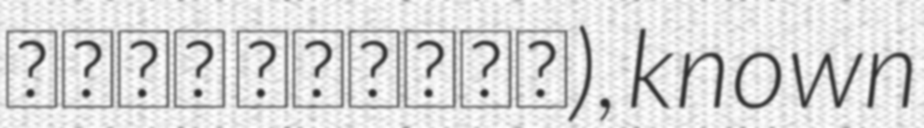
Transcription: حافظ شیرازی), known